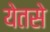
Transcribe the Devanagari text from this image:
येतसे